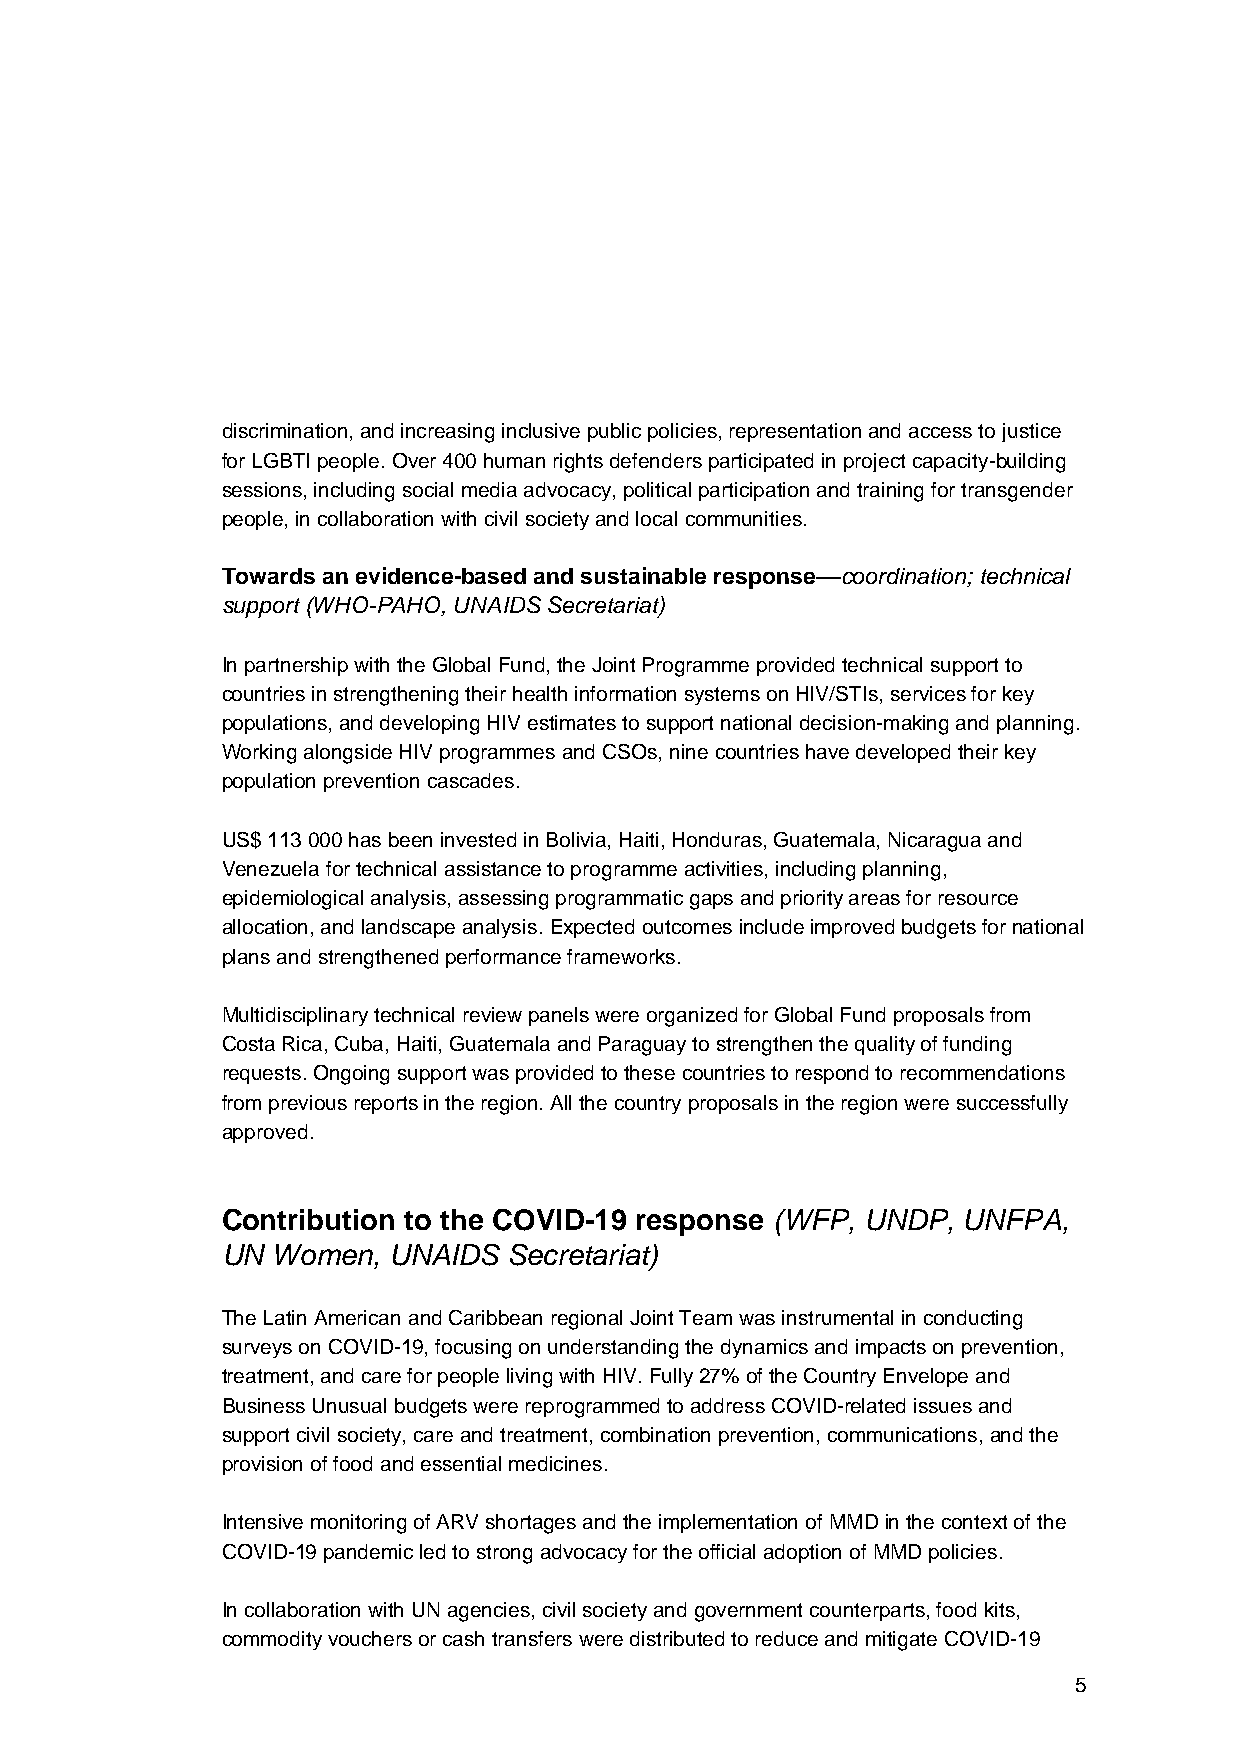
discrimination, and increasing inclusive public policies, representation and access to justice
 for LGBTI people. Over 400 human rights defenders participated in project capacity-building
 sessions, including social media advocacy, political participation and training for transgender
 people, in collaboration with civil society and local communities.
 Towards an evidence-based and sustainable response––coordination; technical
 support (WHO-PAHO, UNAIDS Secretariat)
 In partnership with the Global Fund, the Joint Programme provided technical support to
 countries in strengthening their health information systems on HIV/STIs, services for key
 populations, and developing HIV estimates to support national decision-making and planning.
 Working alongside HIV programmes and CSOs, nine countries have developed their key
 population prevention cascades.
 US$ 113 000 has been invested in Bolivia, Haiti, Honduras, Guatemala, Nicaragua and
 Venezuela for technical assistance to programme activities, including planning,
 epidemiological analysis, assessing programmatic gaps and priority areas for resource
 allocation, and landscape analysis. Expected outcomes include improved budgets for national
 plans and strengthened performance frameworks.
 Multidisciplinary technical review panels were organized for Global Fund proposals from
 Costa Rica, Cuba, Haiti, Guatemala and Paraguay to strengthen the quality of funding
 requests. Ongoing support was provided to these countries to respond to recommendations
 from previous reports in the region. All the country proposals in the region were successfully
 approved.
 Contribution to the COVID-19 response (WFP, UNDP, UNFPA,
 UN Women,  UNAIDS  Secretariat)
 The Latin American and Caribbean regional Joint Team was instrumental in conducting
 surveys on COVID-19, focusing on understanding the dynamics and impacts on prevention,
 treatment, and care for people living with HIV. Fully 27% of the Country Envelope and
 Business Unusual budgets were reprogrammed to address COVID-related issues and
 support civil society, care and treatment, combination prevention, communications, and the
 provision of food and essential medicines.
 Intensive monitoring of ARV shortages and the implementation of MMD in the context of the
 COVID-19 pandemic led to strong advocacy for the official adoption of MMD policies.
 In collaboration with UN agencies, civil society and government counterparts, food kits,
 commodity vouchers or cash transfers were distributed to reduce and mitigate COVID-19
 5